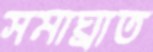
সমাঘ্রাত